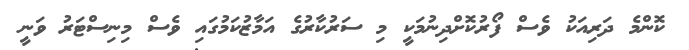
ކޮންމެ ދަރިއަކު ވެސް ފޯރުކޮށްދިނުމަކީ މި ސަރުކާރުގެ އަމާޒުކަމުގައި ވެސް މިނިސްޓަރު ވަނީ